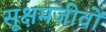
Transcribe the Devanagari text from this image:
सूक्षमजीवों